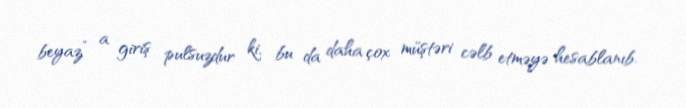
beyaz” a giriş pulsuzdur ki, bu da daha çox müştəri cəlb etməyə hesablanıb.